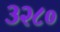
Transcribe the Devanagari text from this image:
३२८०